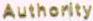
Authority